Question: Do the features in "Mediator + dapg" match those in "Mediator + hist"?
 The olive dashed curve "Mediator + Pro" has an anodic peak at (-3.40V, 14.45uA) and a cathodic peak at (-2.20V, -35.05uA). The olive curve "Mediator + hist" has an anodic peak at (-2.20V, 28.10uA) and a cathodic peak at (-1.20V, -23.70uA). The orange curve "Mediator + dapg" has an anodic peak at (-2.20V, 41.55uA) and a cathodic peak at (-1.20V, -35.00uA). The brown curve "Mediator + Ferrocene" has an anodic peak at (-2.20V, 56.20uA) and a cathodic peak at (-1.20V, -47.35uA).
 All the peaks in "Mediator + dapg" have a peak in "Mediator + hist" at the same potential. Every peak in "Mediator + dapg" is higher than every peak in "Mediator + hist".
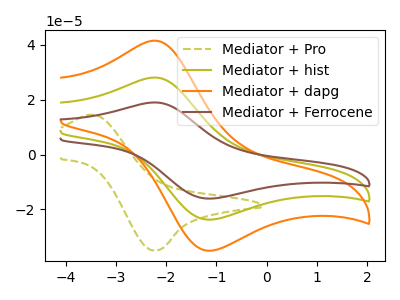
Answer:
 <answer>"Mediator + dapg" and "Mediator + hist" are similar in shape.</answer>
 <eval>same_shape</eval>